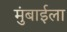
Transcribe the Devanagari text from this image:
मुंबाईला